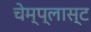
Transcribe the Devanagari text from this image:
चेम्प्लास्ट